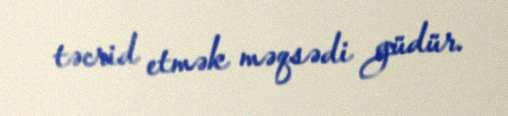
təcrid etmək məqsədi güdür.